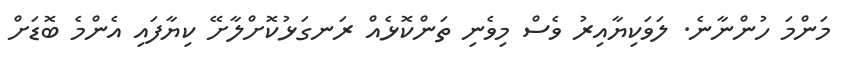
މަންމަ ހުންނާނެ. ލަވަކިޔާއިރު ވެސް މިވެނި ތަންކޮޅެއް ރަނގަޅުކޮށްލާށޭ ކިޔާފައި އެންމެ ބޮޑަށް